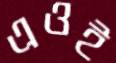
এওই